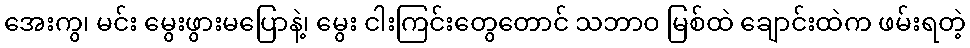
အေးကွ၊ မင်း မွေးဖွားမပြောနဲ့၊ မွေး ငါးကြင်းတွေတောင် သဘာဝ မြစ်ထဲ ချောင်းထဲက ဖမ်းရတဲ့